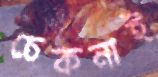
চেকনাই